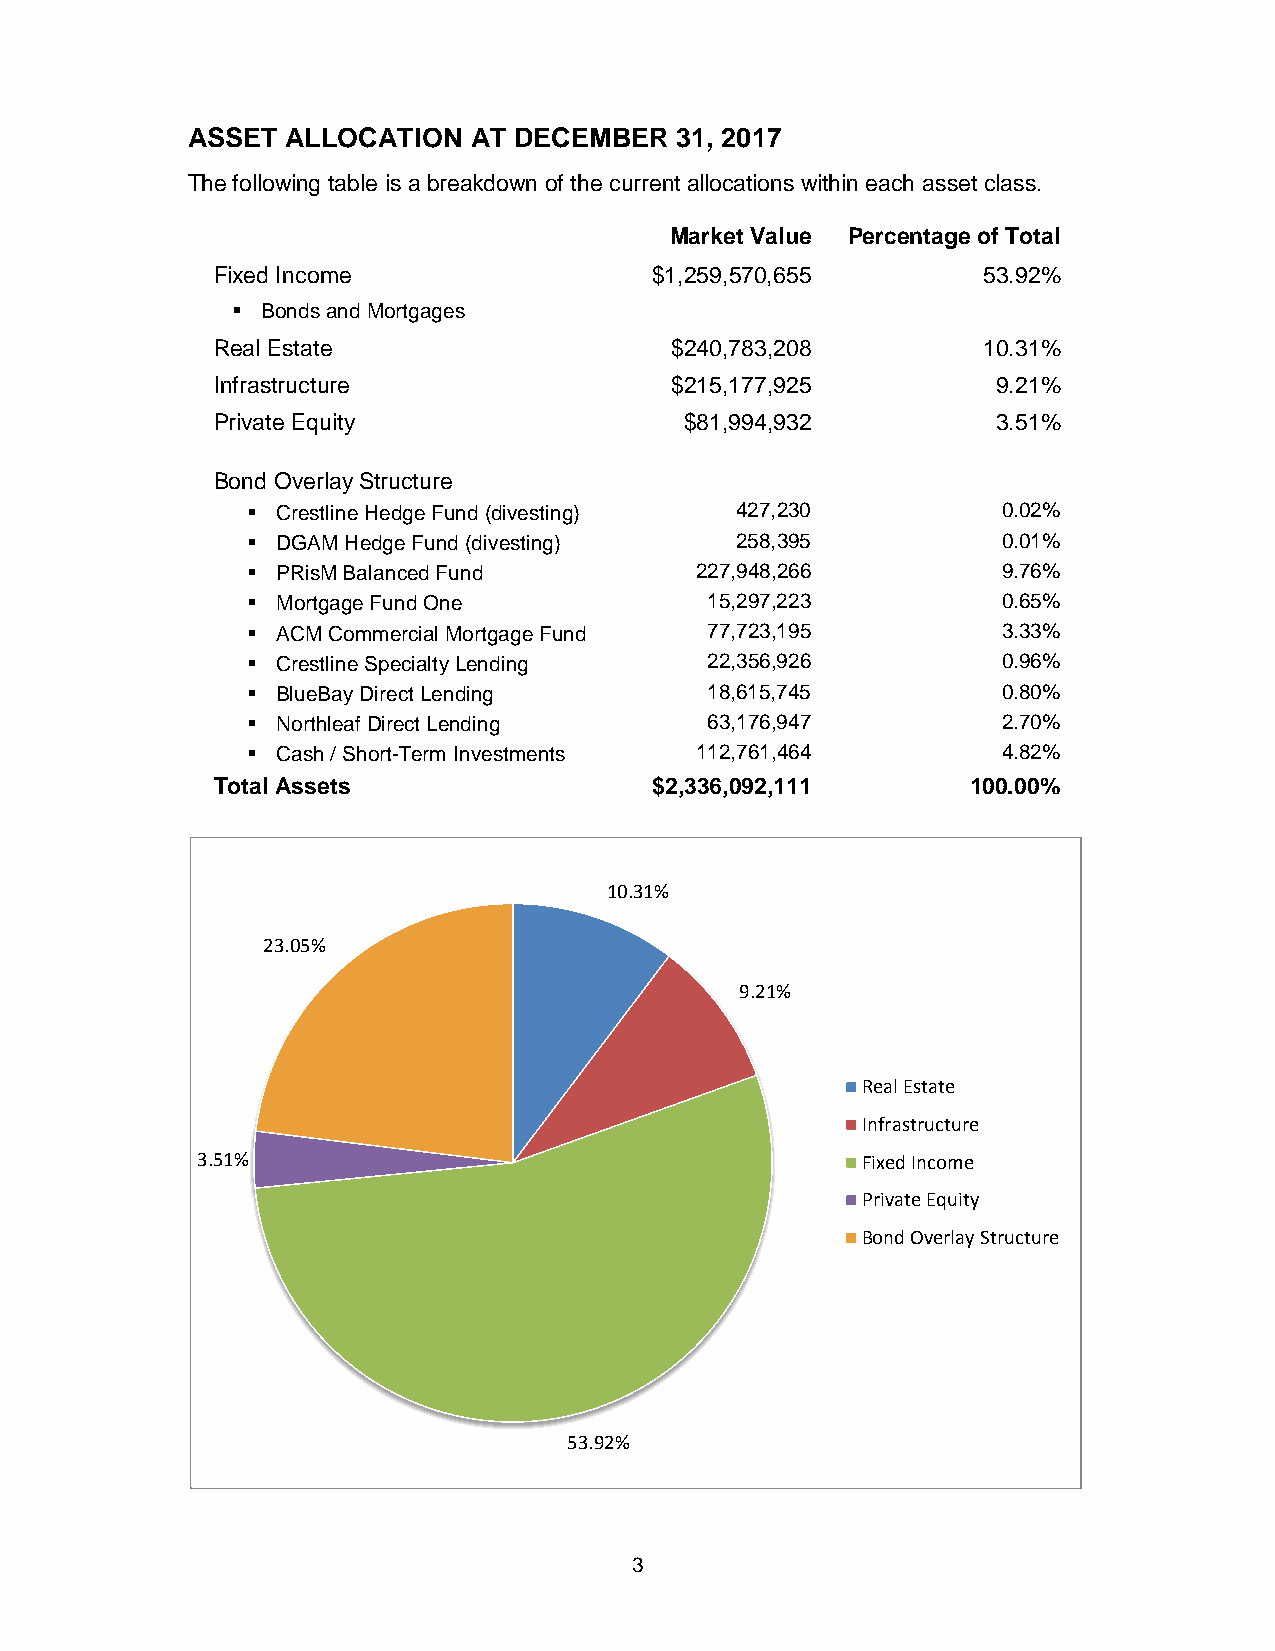
ASSET  ALLOCATION  AT DECEMBER   31, 2017
 The following table is a breakdown of the current allocations within each asset class.
 Market Value Percentage of Total
 Fixed Income                 $1,259,570,655        53.92%
  Bonds and Mortgages
 Real Estate                   $240,783,208         10.31%
 Infrastructure                $215,177,925          9.21%
 Private Equity                 $81,994,932          3.51%
 Bond Overlay Structure
  Crestline Hedge Fund (divesting) 427,230        0.02%
  DGAM Hedge Fund (divesting)    258,395          0.01%
  PRisM Balanced Fund         227,948,266         9.76%
  Mortgage Fund One            15,297,223         0.65%
  ACM Commercial Mortgage Fund 77,723,195         3.33%
  Crestline Specialty Lending  22,356,926         0.96%
  BlueBay Direct Lending       18,615,745         0.80%
  Northleaf Direct Lending     63,176,947         2.70%
  Cash / Short-Term Investments 112,761,464       4.82%
 Total Assets                 $2,336,092,111       100.00%
 10.31%
 23.05%
 9.21%
 Real Estate
 Infrastructure
 3.51%                                       Fixed Income
 Private Equity
 Bond Overlay Structure
 53.92%
 3